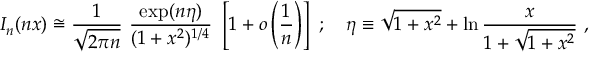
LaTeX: I _ { n } ( n x ) \cong \frac { 1 } { \sqrt { 2 \pi n } } ~ \frac { \exp ( n \eta ) } { ( 1 + x ^ { 2 } ) ^ { 1 / 4 } } ~ \left[ 1 + o \left( \frac { 1 } { n } \right) \right] ~ ; ~ ~ ~ \eta \equiv \sqrt { 1 + x ^ { 2 } } + \ln \frac { x } { 1 + \sqrt { 1 + x ^ { 2 } } } ~ ,